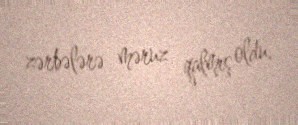
zərbələrə məruz qalmış oldu.